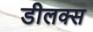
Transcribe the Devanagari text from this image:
डीलक्‍स